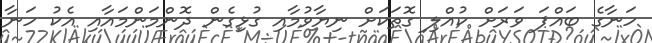
ހަނާގެ ބައްޕަ ވަރަށް ކުއްލި ގޮތަކަށް ނިޔާވުމާއި ގުޅިގެން ދޮންމަންމައާއި އެކު ހަނާ